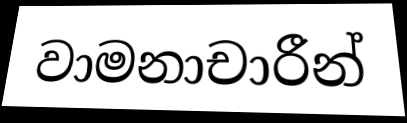
වාමනාචාරීන්